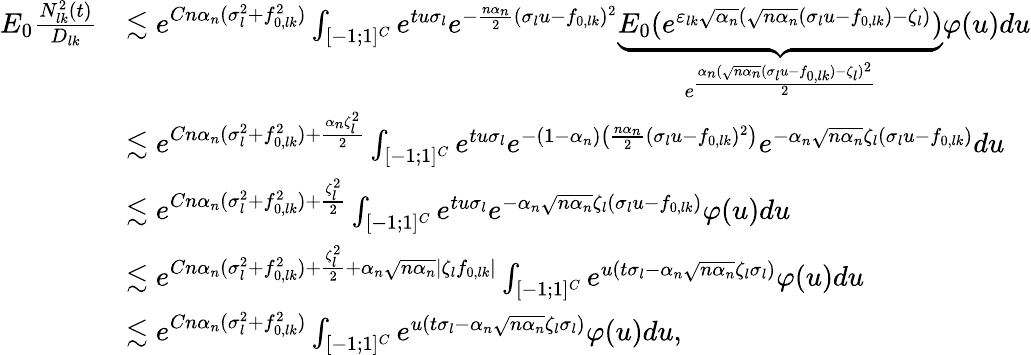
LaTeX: \begin{array}{rl}{E_{0}\frac{N_{lk}^{2}(t)}{D_{lk}}}&{\lesssim e^{Cn\alpha_{n}(\sigma_{l}^{2}+f_{0,lk}^{2})}\int_{[-1;1]^{C}}e^{tu\sigma_{l}}e^{-\frac{n\alpha_{n}}{2}(\sigma_{l}u-f_{0,lk})^{2}}\underbrace{E_{0}(e^{\varepsilon_{lk}\sqrt{\alpha_{n}}(\sqrt{n\alpha_{n}}(\sigma_{l}u-f_{0,lk})-\zeta_{l})})}_{e^{\frac{\alpha_{n}(\sqrt{n\alpha_{n}}(\sigma_{l}u-f_{0,lk})-\zeta_{l})^{2}}{2}}}\varphi(u)du}\\ &{\lesssim e^{Cn\alpha_{n}(\sigma_{l}^{2}+f_{0,lk}^{2})+\frac{\alpha_{n}\zeta_{l}^{2}}{2}}\int_{[-1;1]^{C}}e^{tu\sigma_{l}}e^{-(1-\alpha_{n})\left(\frac{n\alpha_{n}}{2}(\sigma_{l}u-f_{0,lk})^{2}\right)}e^{-\alpha_{n}\sqrt{n\alpha_{n}}\zeta_{l}(\sigma_{l}u-f_{0,lk})}du}\\ &{\lesssim e^{Cn\alpha_{n}(\sigma_{l}^{2}+f_{0,lk}^{2})+\frac{\zeta_{l}^{2}}{2}}\int_{[-1;1]^{C}}e^{tu\sigma_{l}}e^{-\alpha_{n}\sqrt{n\alpha_{n}}\zeta_{l}(\sigma_{l}u-f_{0,lk})}\varphi(u)du}\\ &{\lesssim e^{Cn\alpha_{n}(\sigma_{l}^{2}+f_{0,lk}^{2})+\frac{\zeta_{l}^{2}}{2}+\alpha_{n}\sqrt{n\alpha_{n}}|\zeta_{l}f_{0,lk}|}\int_{[-1;1]^{C}}e^{u(t\sigma_{l}-\alpha_{n}\sqrt{n\alpha_{n}}\zeta_{l}\sigma_{l})}\varphi(u)du}\\ &{\lesssim e^{Cn\alpha_{n}(\sigma_{l}^{2}+f_{0,lk}^{2})}\int_{[-1;1]^{C}}e^{u(t\sigma_{l}-\alpha_{n}\sqrt{n\alpha_{n}}\zeta_{l}\sigma_{l})}\varphi(u)du,}\end{array}